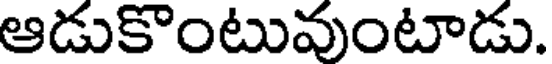
ఆడుకొంటువుంటాడు.